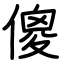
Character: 傻